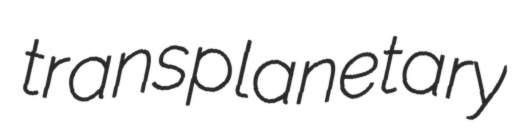
transplanetary